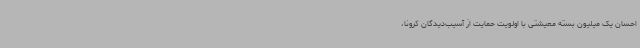
احسان یک میلیون بسته معیشتی با اولویت حمایت از آسیب‌دیدگان کرونا،